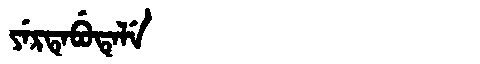
Manchu: ᠶᡝᡵᡨᡝᠪᡠᡨᡝᠯᡝ
Romanization: YERTEBUTELE